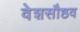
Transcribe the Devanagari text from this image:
वेशसौष्ठव